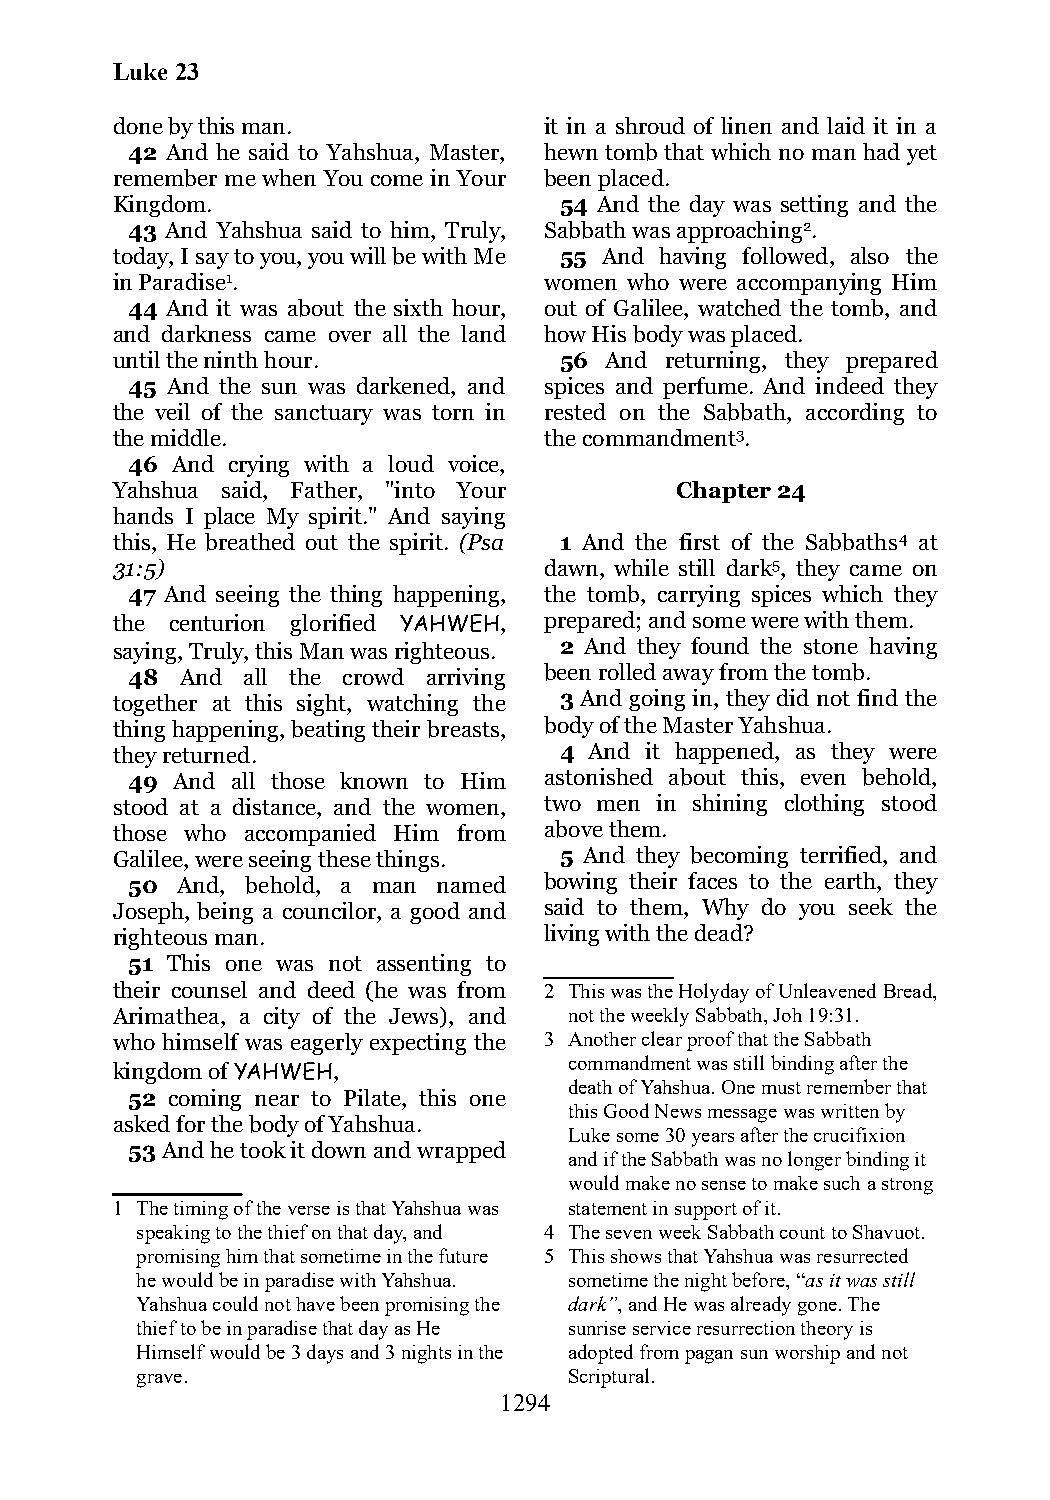
Luke 23
 done by this man.            it in a shroud of linen and laid it in a
 42 And he said to Yahshua, Master, hewn tomb that which no man had yet
 remember me when You come in Your been placed.
 Kingdom.                      54 And the day was setting and the
 43 And Yahshua said to him, Truly, Sabbath was approaching2.
 today, I say to you, you will be with Me 55 And having followed, also the
 in Paradise1.                women who were accompanying Him
 44 And it was about the sixth hour, out of Galilee, watched the tomb, and
 and darkness came over all the land how His body was placed.
 until the ninth hour.         56 And returning, they prepared
 45 And the sun was darkened, and spices and perfume. And indeed they
 the veil of the sanctuary was torn in rested on the Sabbath, according to
 the middle.                  the commandment3.
 46 And crying with a loud voice,
 Yahshua said, Father, "into Your      Chapter 24
 hands I place My spirit." And saying
 this, He breathed out the spirit. (Psa 1 And the first of the Sabbaths4 at
 31:5)                        dawn, while still dark5, they came on
 47 And seeing the thing happening, the tomb, carrying spices which they
 the centurion glorified YAHWEH, prepared; and some were with them.
 saying, Truly, this Man was righteous. 2 And they found the stone having
 48  And all the crowd arriving been rolled away from the tomb.
 together at this sight, watching the 3 And going in, they did not find the
 thing happening, beating their breasts, body of the Master Yahshua.
 they returned.                4 And it happened, as they were
 49 And all those known to Him astonished about this, even behold,
 stood at a distance, and the women, two men in shining clothing stood
 those who accompanied Him from above them.
 Galilee, were seeing these things. 5 And they becoming terrified, and
 50  And, behold, a man named bowing their faces to the earth, they
 Joseph, being a councilor, a good and said to them, Why do you seek the
 righteous man.               living with the dead?
 51 This one was not assenting to
 their counsel and deed (he was from 2 This was the Holyday of Unleavened Bread,
 Arimathea, a city of the Jews), and not the weekly Sabbath, Joh 19:31.
 who himself was eagerly expecting the 3 Another clear proof that the Sabbath
 commandment was still binding after the
 kingdom of YAHWEH,
 death of Yahshua. One must remember that
 52 coming near to Pilate, this one
 this Good News message was written by
 asked for the body of Yahshua.
 Luke some 30 years after the crucifixion
 53 And he took it down and wrapped
 and if the Sabbath was no longer binding it
 would make no sense to make such a strong
 1 The timing of the verse is that Yahshua was statement in support of it.
 speaking to the thief on that day, and 4 The seven week Sabbath count to Shavuot.
 promising him that sometime in the future 5 This shows that Yahshua was resurrected
 he would be in paradise with Yahshua. sometime the night before, “as it was still
 Yahshua could not have been promising the dark”, and He was already gone. The
 thief to be in paradise that day as He sunrise service resurrection theory is
 Himself would be 3 days and 3 nights in the adopted from pagan sun worship and not
 grave.                       Scriptural.
 1294